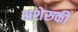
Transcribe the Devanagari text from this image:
अशेरुकी